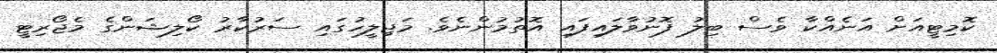
ކޮމިޓީއަށް އަނެއްކާ ވެސް ބިލު ފޮނުވާލައިފައި އޮތުމުންނެވެ. މަޖިލީހުގައި ސަރުކާރު ކޯލިޝަންގެ މެޖޯރިޓީ